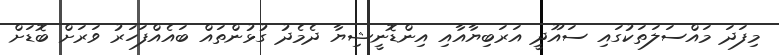
މިފަދަ މައްސަލަތަކުގައި ސައޫދީ އަރަބިޔާއާއި އިންޑޮނީޝިޔާ ދެމެދު ގުޅުންތައް ބައެއްފަހަރު ވަރަށް ބޮޑަށް